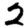
Digit: 2